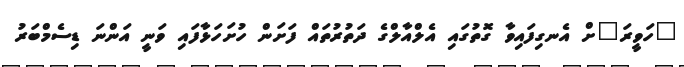
"ހަވީރަ"ށް އެނގިފައިވާ ގޮތުގައި އެލްއާލްގެ ދަތުރުތައް ފަށަން ހުށަހަޅާފައި ވަނީ އަންނަ ޑިސެމްބަރު